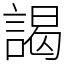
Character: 謁